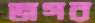
জগর